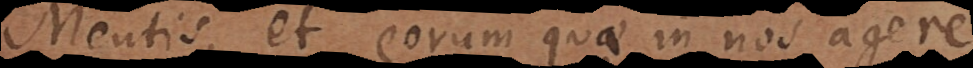
Mentis et eorum quae in nos agere